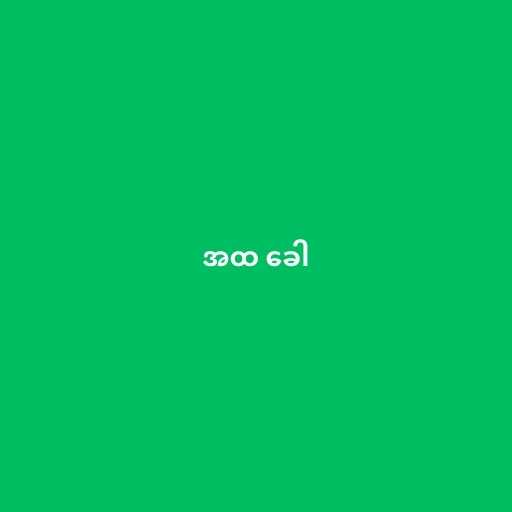
အထ ခေါ